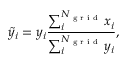
\tilde { y } _ { i } = y _ { i } \frac { \sum _ { i } ^ { N _ { \textrm { g r i d } } } x _ { i } } { \sum _ { i } ^ { N _ { \textrm { g r i d } } } y _ { i } } ,